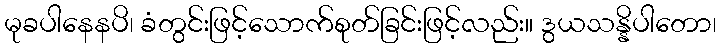
မုခပါနေနပိ၊ ခံတွင်းဖြင့်သောက်စုတ်ခြင်းဖြင့်လည်း။ ဒွယသန္နိပါတော၊